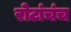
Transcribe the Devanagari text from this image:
रोटांचंच